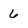
Character: 6